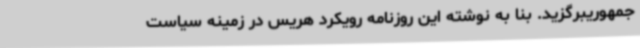
جمهوریبرگزید. بنا به نوشته این روزنامه رویکرد هریس در زمینه سیاست